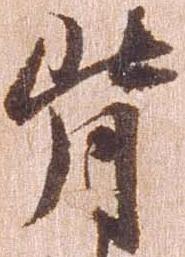
背